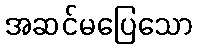
အဆင်မပြေသော